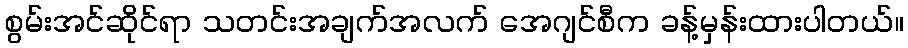
စွမ်းအင်ဆိုင်ရာ သတင်းအချက်အလက် အေဂျင်စီက ခန့်မှန်းထားပါတယ်။